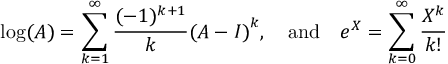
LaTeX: \log ( A ) = \sum _ { k = 1 } ^ { \infty } { \frac { ( - 1 ) ^ { k + 1 } } { k } } { ( A - I ) } ^ { k } , \quad { \mathrm { a n d } } \quad e ^ { X } = \sum _ { k = 0 } ^ { \infty } { \frac { X ^ { k } } { k ! } }